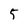
Character: 5